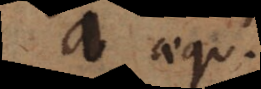
a aequ.